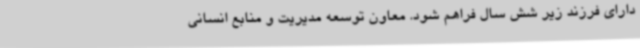
دارای فرزند زیر شش سال فراهم شود. معاون توسعه مدیریت و منابع انسانی